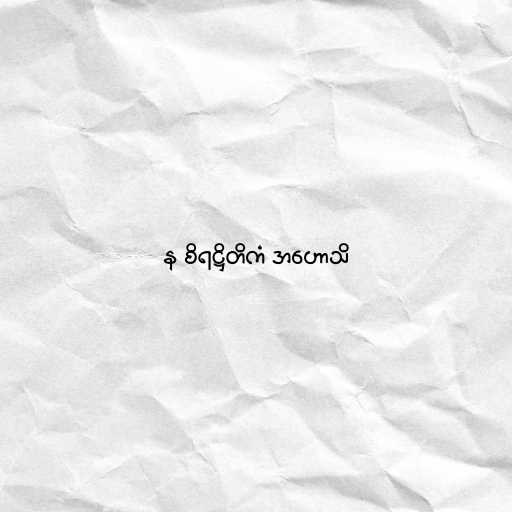
န စိရဋ္ဌိတိကံ အဟောသိ